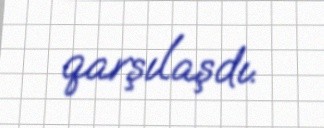
qarşılaşdı.